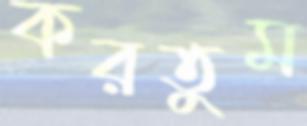
করতুম